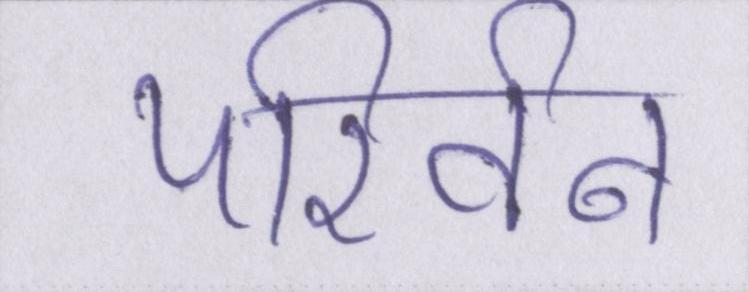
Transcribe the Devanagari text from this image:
परिर्वन